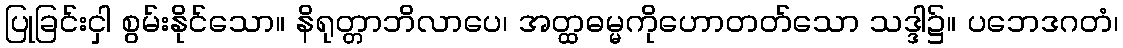
ပြုခြင်းငှါ စွမ်းနိုင်သော။ နိရုတ္တာဘိလာပေ၊ အတ္ထဓမ္မကိုဟောတတ်သော သဒ္ဒါ၌။ ပဘေဒဂတံ၊